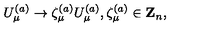
U _ { \mu } ^ { ( a ) } \rightarrow \zeta _ { \mu } ^ { ( a ) } U _ { \mu } ^ { ( a ) } , \zeta _ { \mu } ^ { ( a ) } \in { \bf Z } _ { n } ,